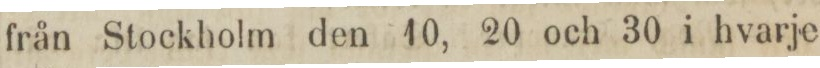
från Stockholm den 10, 20 och 30 i hvarje